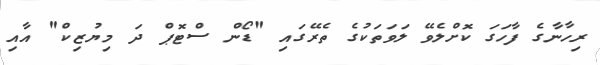
ރިހާނާގެ ފާހަގަ ކޮށްލެވޭ ލަވަތަކުގެ ތެރޭގައި "ޑޯން ސްޓޮޕް ދަ މިޔުޒިކް" އާއި